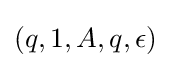
(q,1,A,q,\epsilon )